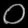
Digit: ၀